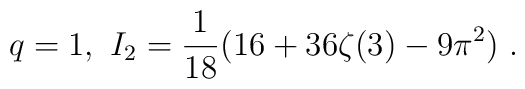
q=1, \ I_2=\frac1{18}(16+36\zeta(3)-9\pi^2) \ .